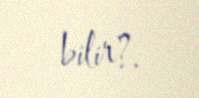
bilir?.